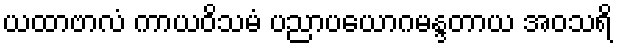
ယထာဗာလံ ကာယဝိသမံ ပညာပယောဂမန္ဒတာယ အဝသရိ